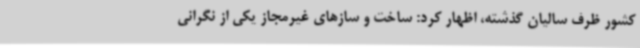
کشور ظرف سالیان گذشته، اظهار کرد: ساخت و سازهای غیرمجاز یکی از نگرانی